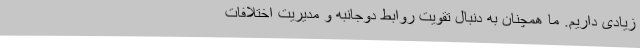
زیادی داریم. ما همچنان به دنبال تقویت روابط دوجانبه و مدیریت اختلافات